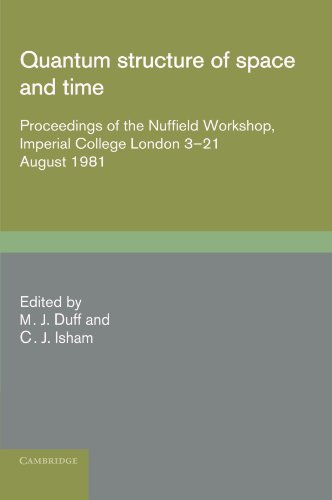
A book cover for Quantum Structure of Space and Time; M. J. Duff; Science & Math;